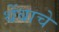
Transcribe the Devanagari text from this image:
थेंबाचे